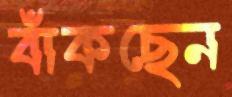
বাঁকছেন